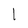
Character: 1